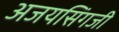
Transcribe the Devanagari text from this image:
अजयसिंगजी